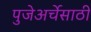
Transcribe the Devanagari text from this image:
पुजेअर्चेसाठी